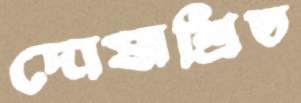
দোষাশ্রিত